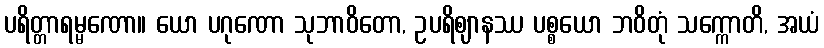
ပရိတ္တာရမ္မဏော။ ယော ပဂုဏော သုဘာဝိတော, ဥပရိဈာနဿ ပစ္စယော ဘဝိတုံ သက္ကောတိ, အယံ